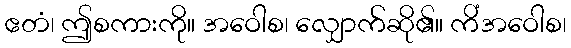
ဧတံ၊ ဤစကားကို။ အဝေါစ၊ လျှောက်ဆို၏။ ကိံအဝေါစ၊